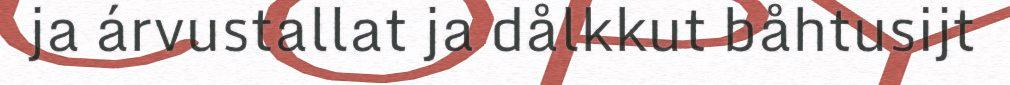
ja árvustallat ja dålkkut båhtusijt